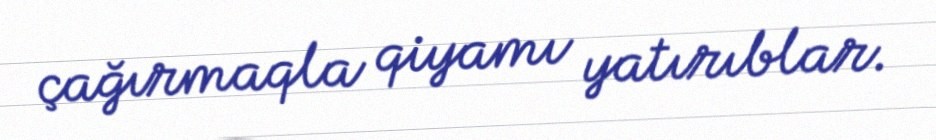
çağırmaqla qiyamı yatırıblar.